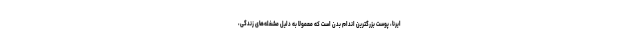
ایرنا، پوست بزرگترین اندام بدن است که معمولا به دلیل مشغله‌های زندگی،